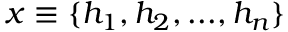
x \equiv \{ h _ { 1 } , h _ { 2 } , . . . , h _ { n } \}